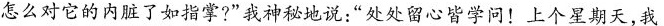
怎么对它的内脏了如指掌?”我神秘地说：”处处留心皆学问！上个星期天，我